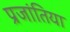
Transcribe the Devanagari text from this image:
प्रजांतिया